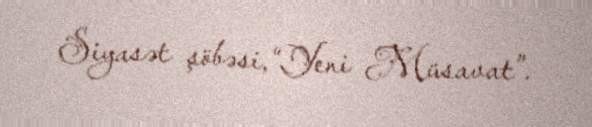
Siyasət şöbəsi,“Yeni Müsavat”.